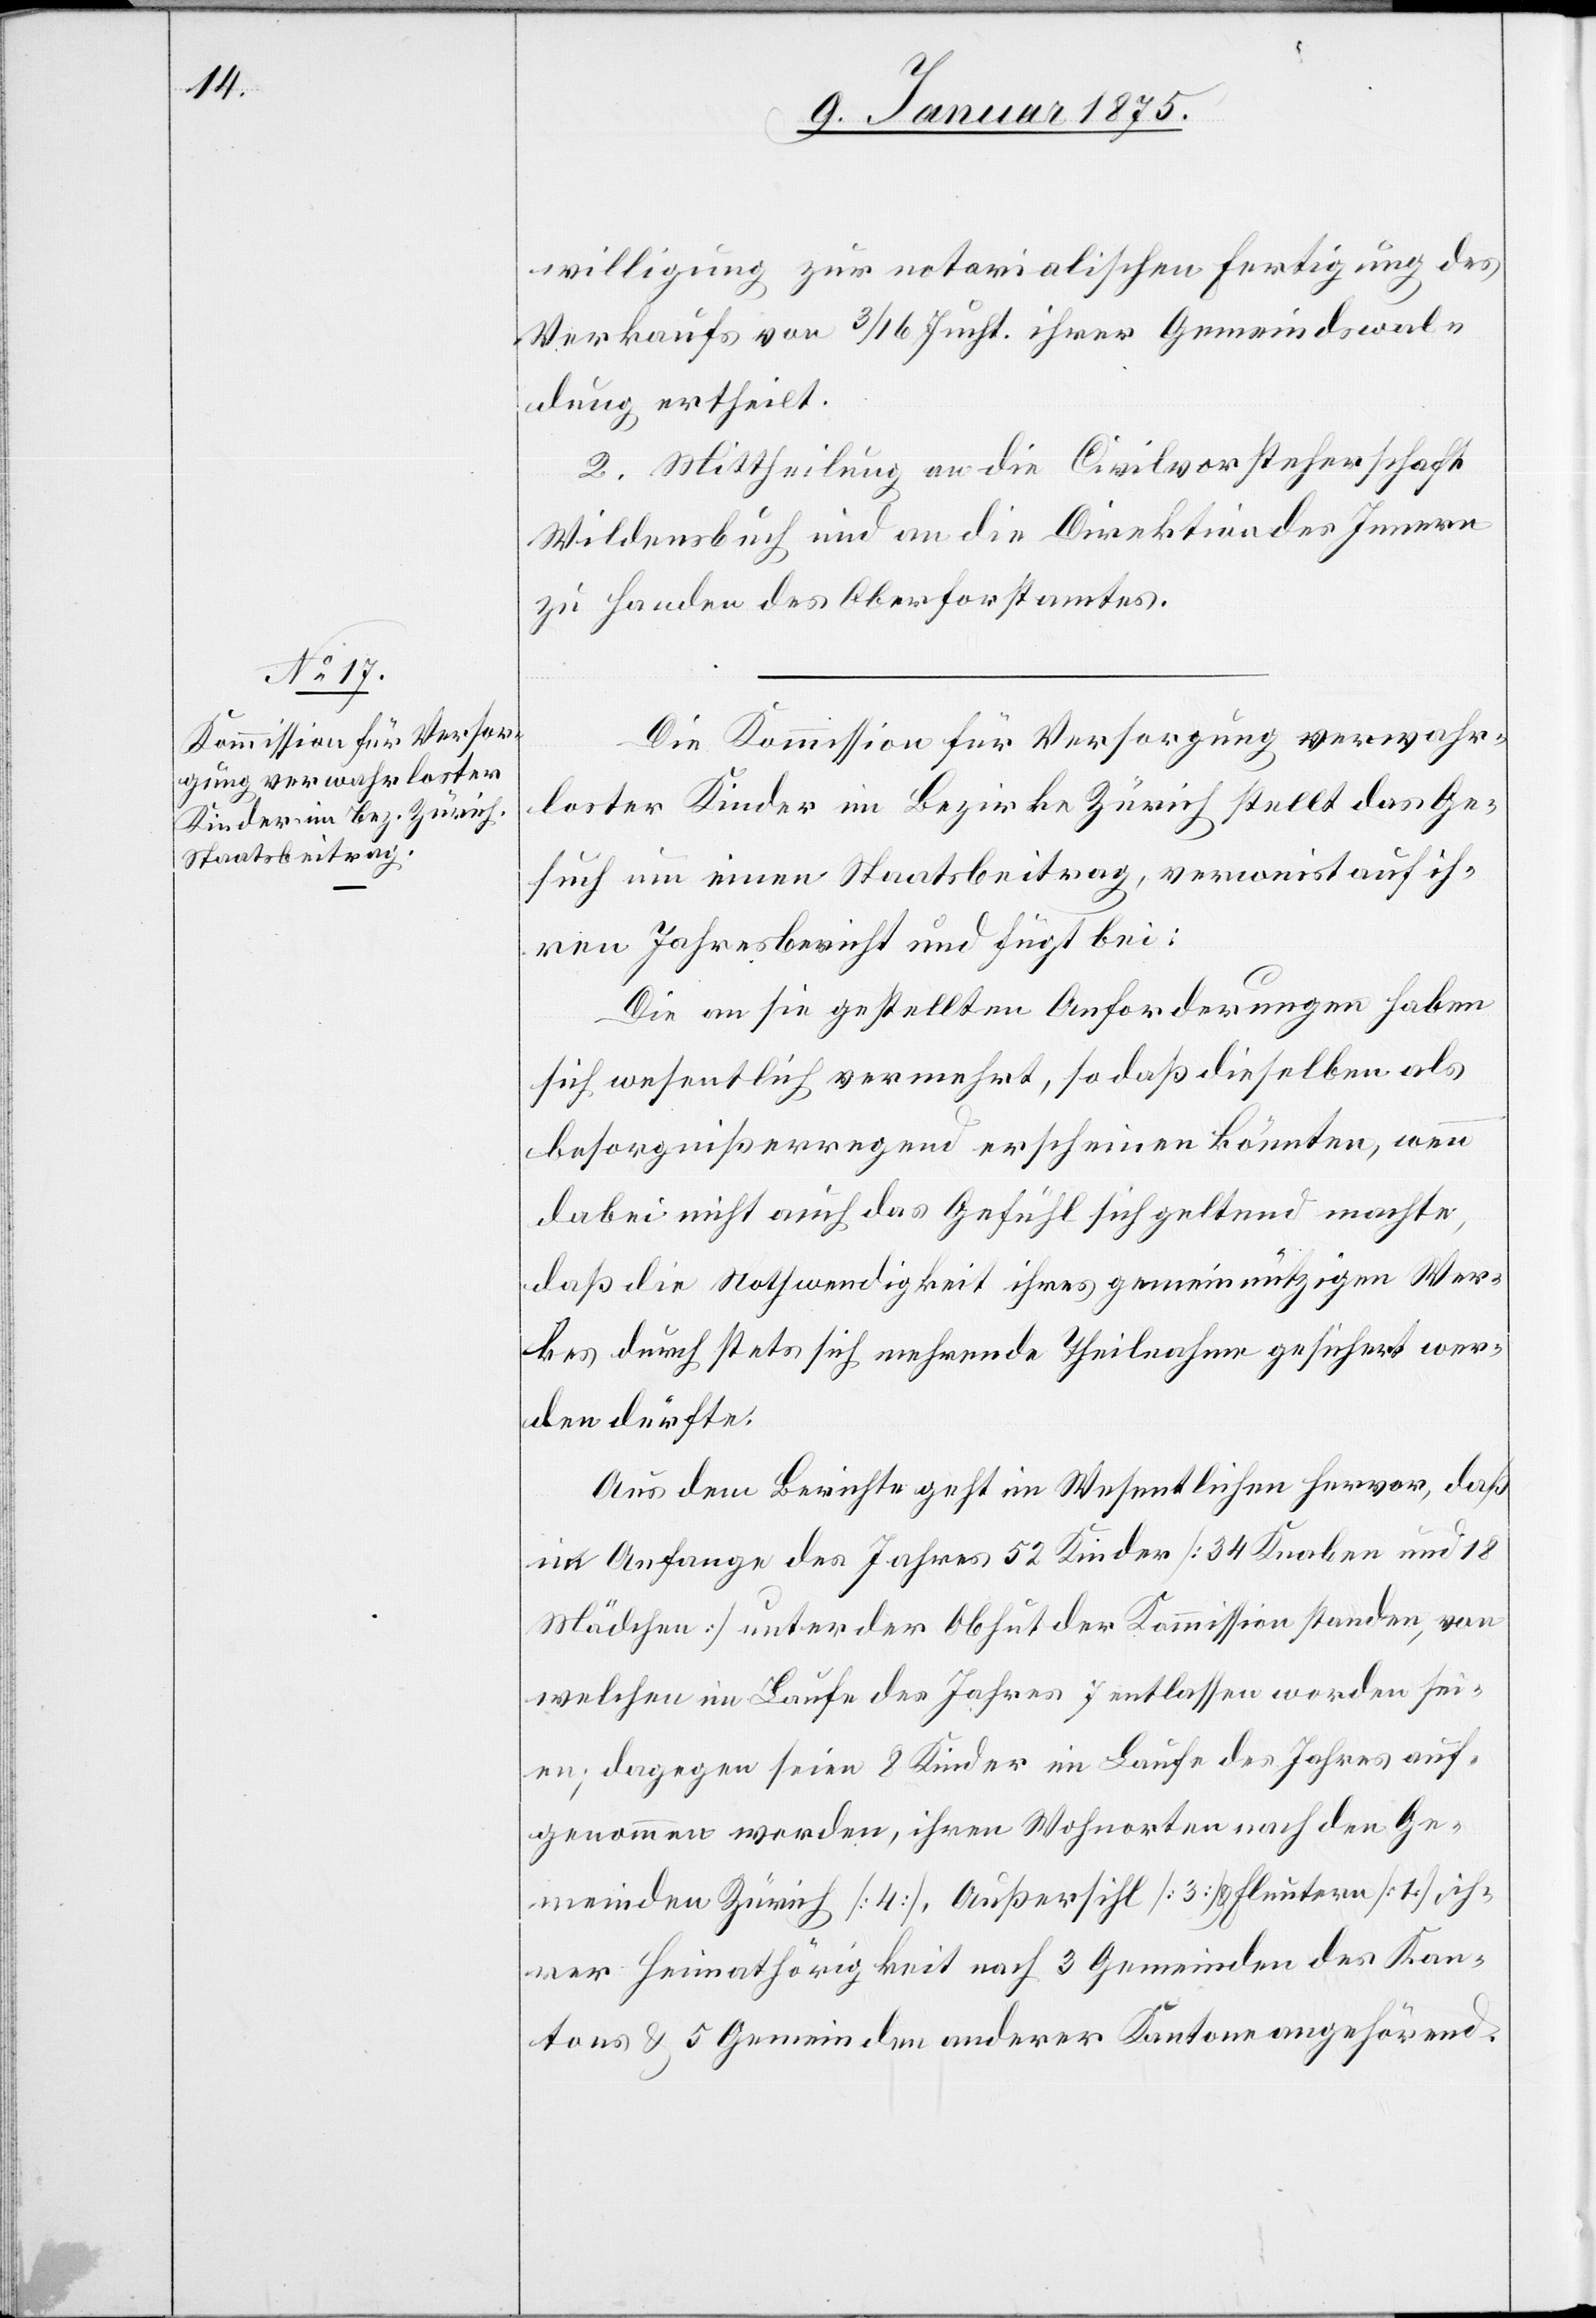
willigung zur notarialischen Fertigung des
Verkaufs von 3/16 Jucht. ihrer Gemeindswal¬
dung ertheilt.
2. Mittheilung an die Civilvorsteherschaft
Wildensbuch und an die Direktion des Innern
zu Handen des Oberforstamtes.
Die Kommission für Versorgung verwahr¬
loster Kinder im Bezirke Zürich stellt das Ge¬
such um einen Staatsbeitrag, verweist auf ih¬
ren Jahresbericht und fügt bei:
Die an sie gestellten Anforderungen haben
sich wesentlich vermehrt, so daß dieselben als
besorgnißerregend erscheinen könnten, wenn
dabei nicht auch das Gefühl sich geltend machte,
daß die Nothwendigkeit ihres gemeinnützigen Wer¬
kes durch stets sich mehrende Theilnahme gesichert wer¬
den dürfte;
Aus dem Berichte geht im Wesentlichen hervor, daß
im Anfange des Jahres 52 Kinder (34 Knaben und 18
Mädchen) unter der Obhut der Kommission standen, von
welchen im Laufe des Jahres 7 entlassen worden sei¬
en; dagegen seien 8 Kinder im Laufe des Jahres auf¬
genommen worden, ihren Wohnorten nach den Ge¬
meinden Zürich (4), Außersihl (3) & Fluntern (1), ih¬
rer Heimatshörigkeit nach 3 Gemeinden des Kan¬
tons & 5 Gemeinden anderer Kantone angehörend.